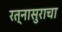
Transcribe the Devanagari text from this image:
रत्नासुराचा